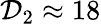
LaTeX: \mathcal{D}_{2}\approx 18